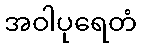
အဝါပုရေတံ